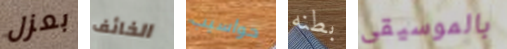
بعزل الخائف حواسيب بطنه بالموسيقى